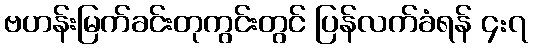
ဗဟန်းမြက်ခင်းတုကွင်းတွင် ပြန်လက်ခံရန် ၄:၇